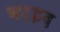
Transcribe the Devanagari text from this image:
का़इद